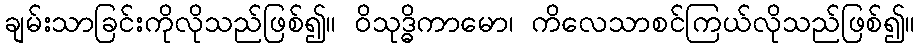
ချမ်းသာခြင်းကိုလိုသည်ဖြစ်၍။ ဝိသုဒ္ဓိကာမော၊ ကိလေသာစင်ကြယ်လိုသည်ဖြစ်၍။